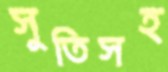
সুতিসহ